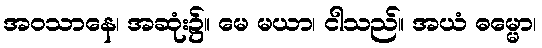
အဝသာနေ၊ အဆုံး၌။ မေ မယာ၊ ငါသည်။ အယံ ဓမ္မော၊